Loodushoiu_ja_Turismi_Instituut, lk 101
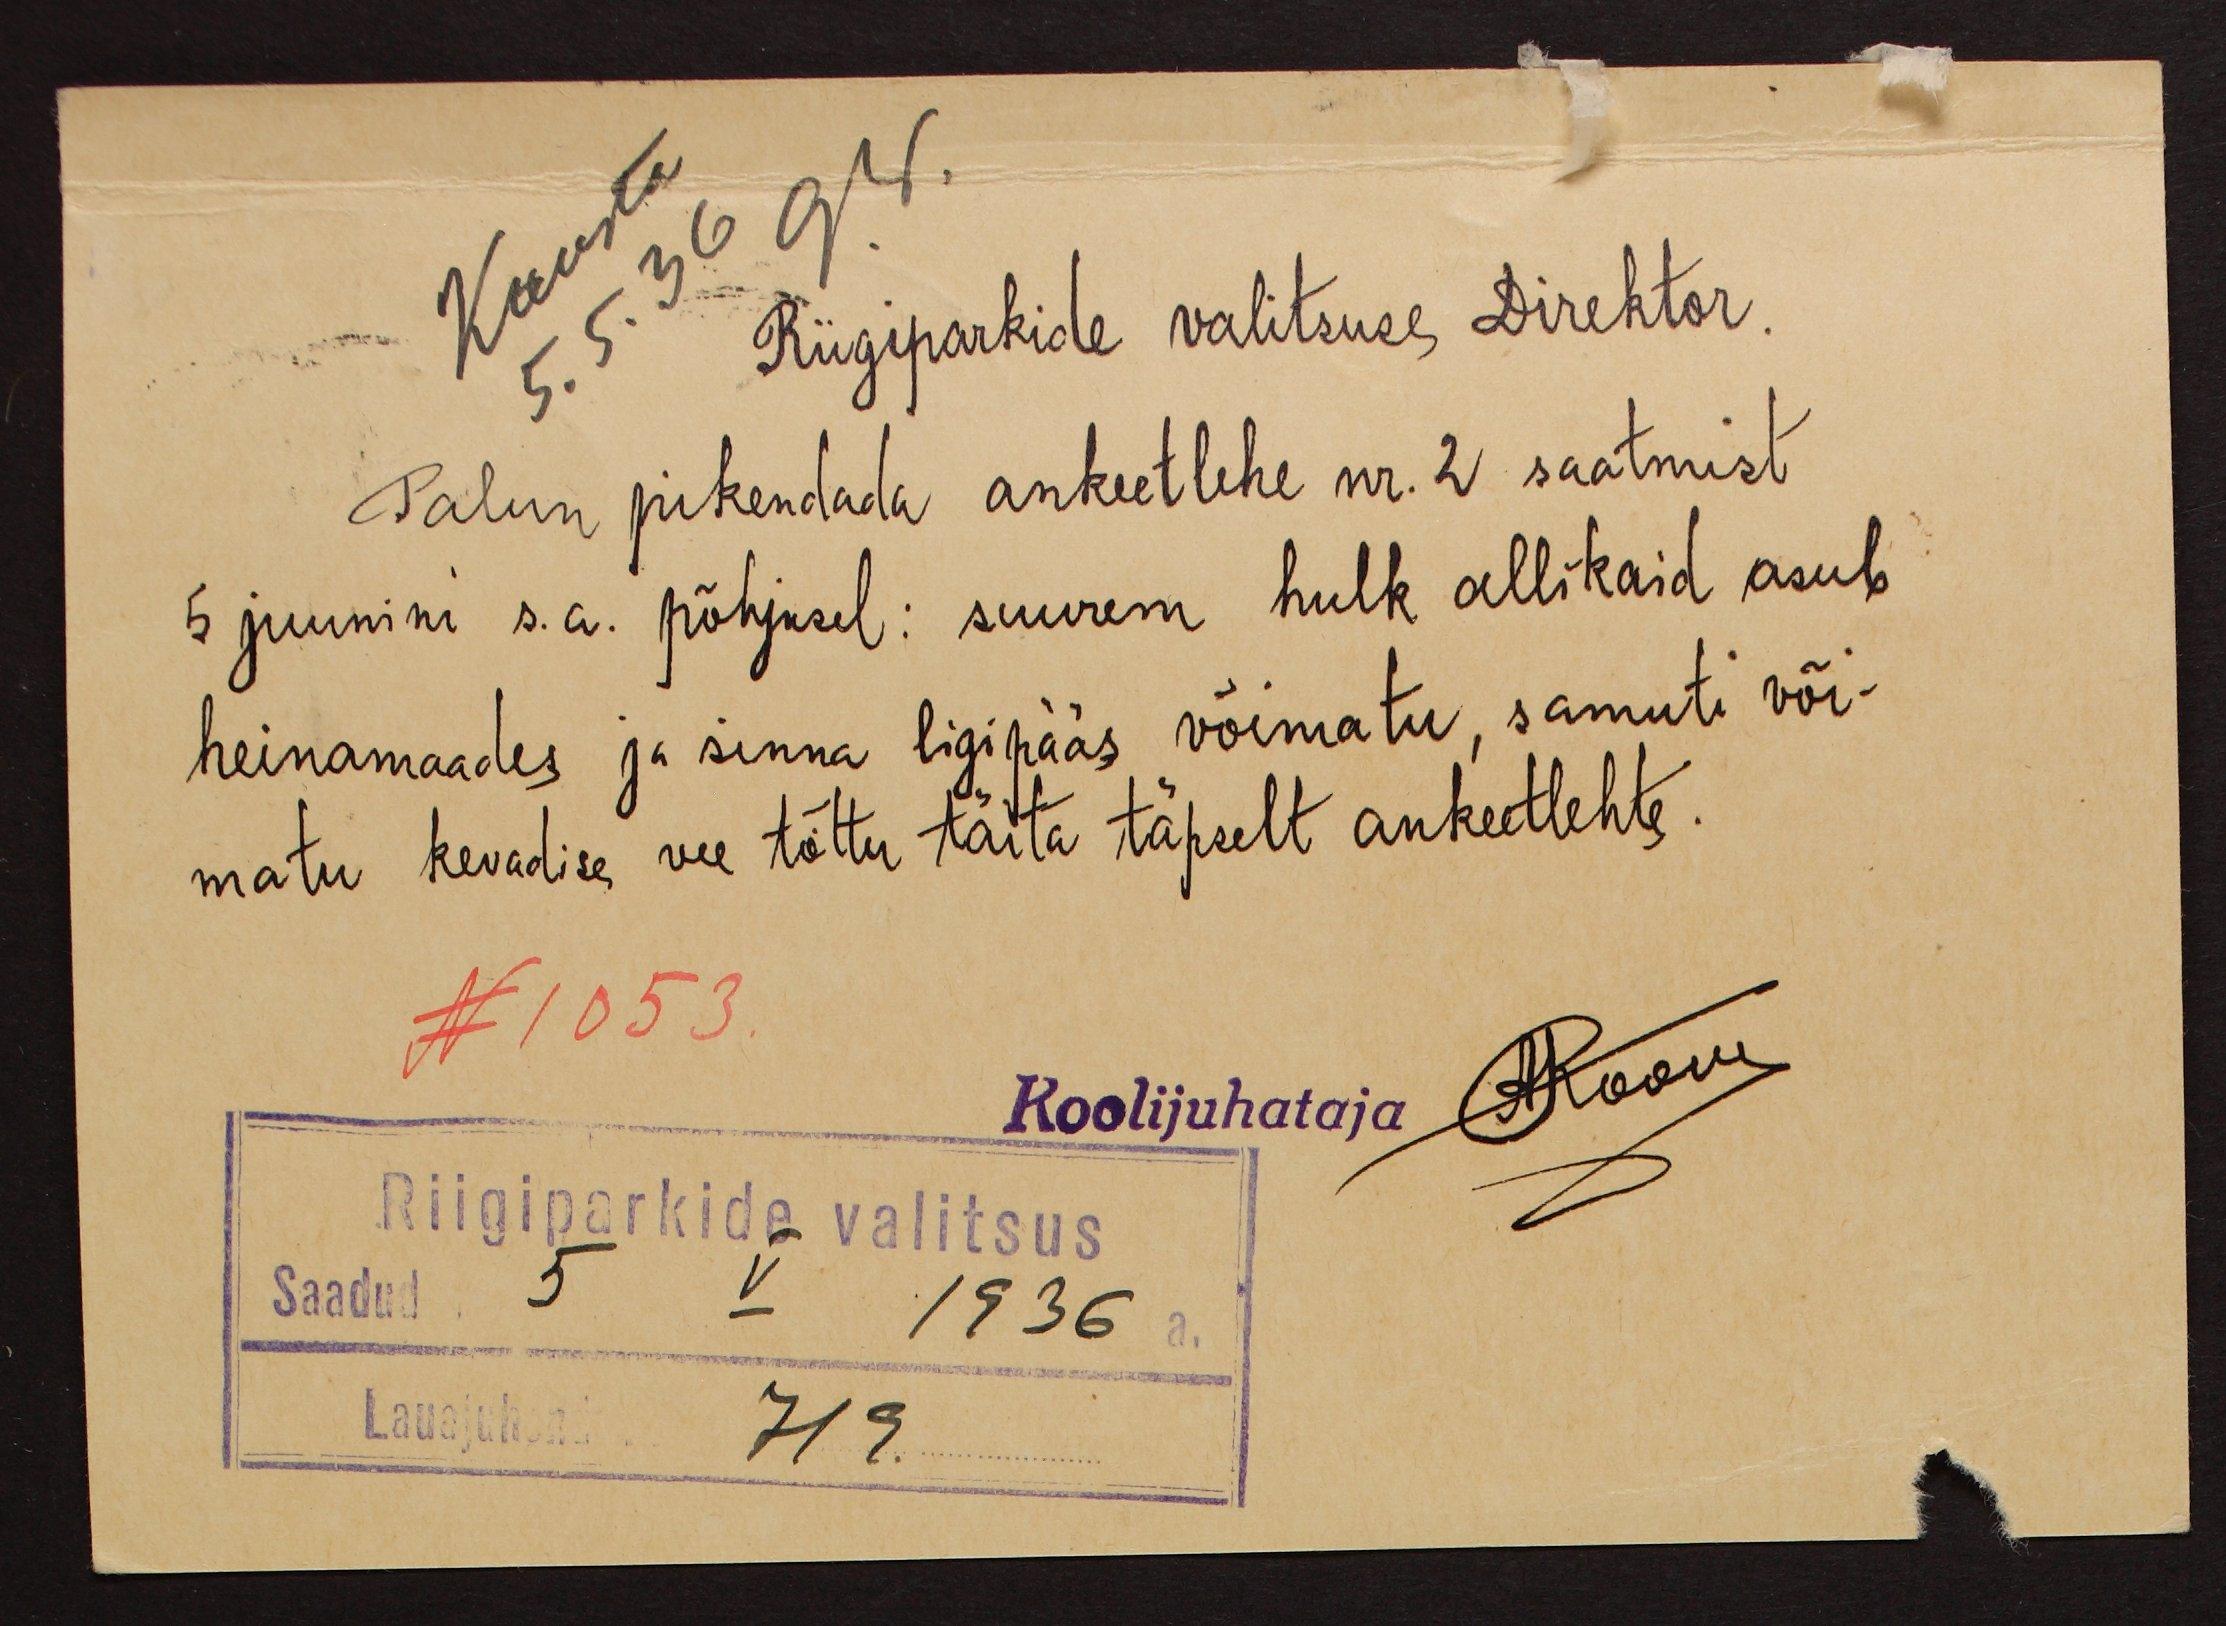
Riigiparkide valitsuse direktor.
Palun pikendada ankeetlehe nr. 2 saatmist
5 juunini s.a. põhjusel: suurem hulk allikaid asub
heinamaades ja sinna ligipääs võimatu, samuti või-
matu kevadise vee tõttu täita täpselt ankeetlehte.
N 1053.
Koolijuhataja ARoom
Riigiparkide valitsus
Saadud 5 V 1936 a.
Lauajuhend 719